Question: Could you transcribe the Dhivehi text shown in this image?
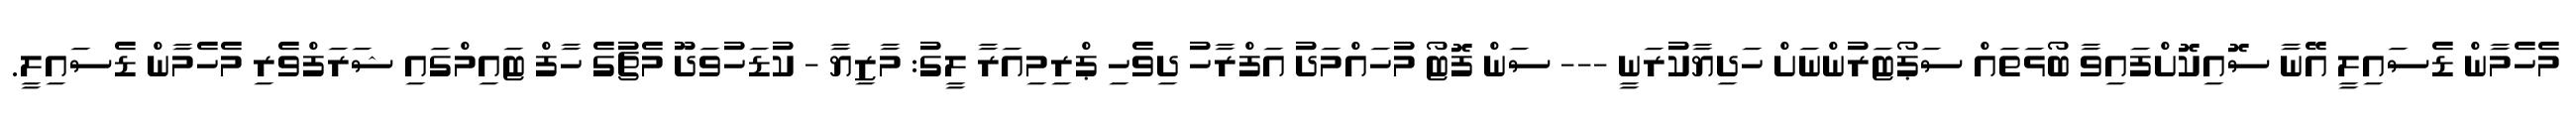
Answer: މެހެމާން ޑެސައިލީ އޭނާ ސޮއިކޮށްފައިވާ ބޯޅަތައް ސަޕޯޓަރުންނަށް ހަދިޔާކުރަނީ --- ސަން ފޮޓޯ މުހައްމަދު އަފްރާހު ދިވެހި ޕްރިމިއަރާ ލީގު: މާޒިޔާ - ކުޑަހުވަދޫ މެޗުގެ ހާފް ޓައިމްގައި ޝަރަފްވެރި މެހެމާން ޑެސައިލީ.